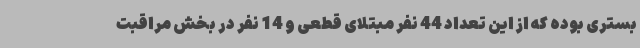
بستری بوده که از این تعداد 44 نفر مبتلای قطعی و 14 نفر در بخش مراقبت